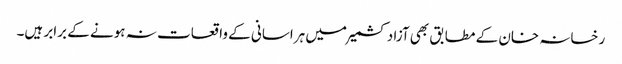
رخسانہ خان کے مطابق بھی آزاد کشمیر میں ہراسانی کے واقعات نہ ہونے کے برابر ہیں۔